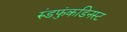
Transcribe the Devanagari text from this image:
रुंडफुंकडिनस्ट